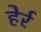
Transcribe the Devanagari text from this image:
हेर्र